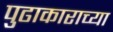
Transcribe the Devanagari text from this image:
पुढाकाराच्या